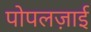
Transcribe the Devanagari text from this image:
पोपलज़ाई